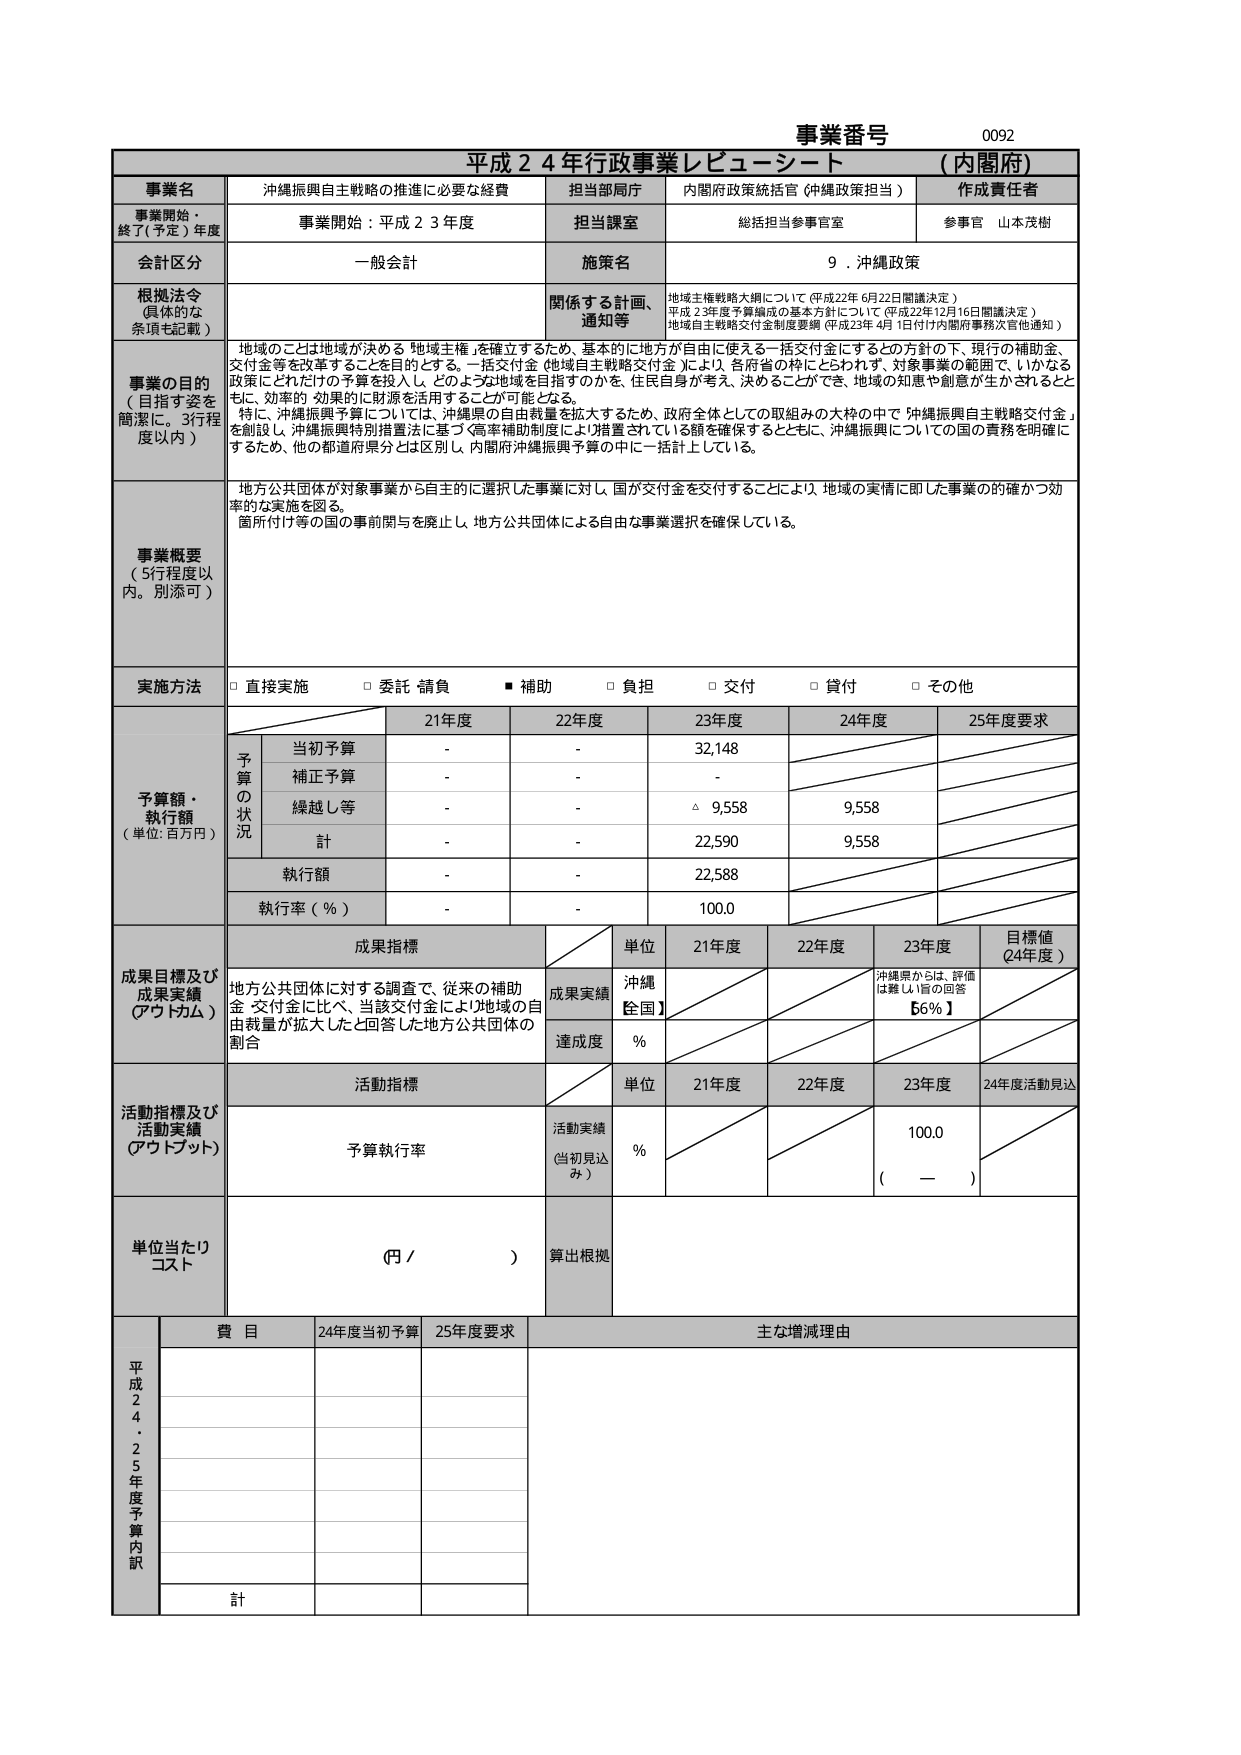
事業番号 0092
平成２４年行政事業レビュー・シート （内閣府）

事業名 沖縄振興自主戦略の推進に必要な経費
担当部局庁 内閣府政策統括官（沖縄政策担当）
作成責任者

事業開始・終了（予定）年度 事業開始：平成２３年度
担当課室 総括担当参事官室
参事官 山本茂樹

会計区分 一般会計
施策名 ９．沖縄政策

根拠法令（具体的な条項も記載）
関係する計画、通知等
地域主権戦略大綱について（平成22年6月22日閣議決定）
平成23年度予算編成の基本方針について（平成22年12月16日閣議決定）
地域自主戦略交付金制度要綱（平成23年4月1日付け内閣府事務次官他通知）

事業の目的（目指す姿を簡潔に。3行程度以内）
地域のことは地域が決める「地域主権」を確立するため、基本的に地方が自由に使える一括交付金にするとの方針の下、現行の補助金、交付金等を改革することを目的とする。一括交付金（地域自主戦略交付金）により、各府省の枠にとらわれず、対象事業の範囲で、いかなる政策にどれだけの予算を投入し、どのような地域を目指すのかを、住民自身が考え、決めることができ、地域の知恵や創意が生かされるとともに、効率的・効果的に財源を活用することが可能となる。
特に、沖縄振興予算については、沖縄県の自由裁量を拡大するため、政府全体としての取組みの大枠の中で「沖縄振興自主戦略交付金」を創設し、沖縄振興特別措置法に基づく高率補助制度により措置されている額を確保するとともに、沖縄振興についての国の責務を明確にするため、他の都道府県分とは区別し、内閣府沖縄振興予算の中にも一括計上している。

事業概要（5行程度以内。別添可）
地方公共団体が対象事業から自主的に選択した事業に対し、国が交付金を交付することにより、地域の実情に即した事業の的確かつ効率的な実施を図る。
箇所付け等の国の事前関与を廃止し、地方公共団体による自立な事業選択を確保している。

実施方法
□ 直接実施 □ 委託・請負 ■ 補助 □ 負担 □ 交付 □ 貸付 □ その他

予算額・執行額（単位：百万円）
21年度 22年度 23年度 24年度 25年度要求
予算の状況
当初予算 - - 32,148
補正予算 - - -
繰越し等 - - △ 9,558 9,558
計 - - 22,590 9,558
執行額 - - 22,588
執行率（％） - - 100.0

成果目標及び成果実績（アウトカム）
成果指標
単位 21年度 22年度 23年度 目標値（24年度）
成果実績 地方公共団体に対する調査で、従来の補助金・交付金に比べ、当該交付金により地域の自由裁量が拡大したと回答した地方公共団体の割合
沖縄【全国】
沖縄県からは、評価は難しい旨の回答【56％】
達成度 ％

活動指標及び活動実績（アウトプット）
活動指標
単位 21年度 22年度 23年度 24年度活動見込
予算執行率
活動実績（当初見込み） ％ 100.0 （ — ）

単位当たりコスト（円／ ） 算出根拠

平成24・25年度予算内訳
費目 24年度当初予算 25年度要求 主な増減理由
計

（注：表の下部の「平成24・25年度予算内訳」の「費目」欄、および「24年度当初予算」「25年度要求」欄は空欄。）